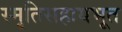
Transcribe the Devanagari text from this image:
स्मृतिसहायभूत